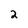
Character: 2